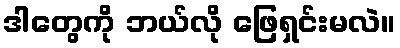
ဒါတွေကို ဘယ်လို ဖြေရှင်းမလဲ။